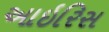
આઇરિસ